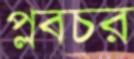
প্লবচর